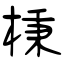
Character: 棅